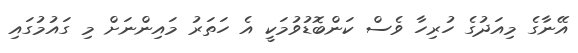
އޭނާގެ މިއަދުގެ ހުރިހާ ވެސް ކަންބޮޑުވުމަކީ އެ ހަތަރު މައިންނަށް މި ގައުމުގައި